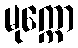
မုက္ကော